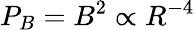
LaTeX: P_{B}=B^{2}\propto R^{-4}